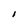
Character: I